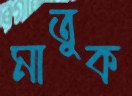
মাতুক